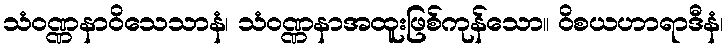
သံဝဏ္ဏနာဝိသေသာနံ၊ သံဝဏ္ဏနာအထူးဖြစ်ကုန်သော။ ဝိစယဟာရာဒီနံ၊